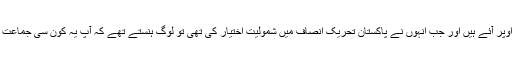
محمود خان ایسے علاقے سے سیاست کرتے رہے ہیں اور 2008ءمیں کونسلر بھی بنے تھے، وہ نیچے سے اوپر آئے ہیں اور جب انہوں نے پاکستان تحریک انصاف میں شمولیت اختیار کی تھی تو لوگ ہنستے تھے کہ آپ یہ کون سی جماعت میں شامل ہو گئے ہیں، عمران خان پنجاب کے وزیراعلیٰ کے حوالے سے بھی کوئی ایسا ہی فیصلہ کریں گے۔